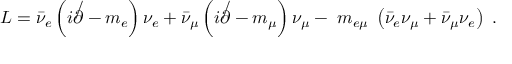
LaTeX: { \cal L } = { \bar { \nu } } _ { e } \left( i \not \partial - m _ { e } \right) \nu _ { e } + { \bar { \nu } } _ { \mu } \left( i \not \partial - m _ { \mu } \right) \nu _ { \mu } - \; m _ { e \mu } \; \left( { \bar { \nu } } _ { e } \nu _ { \mu } + { \bar { \nu } } _ { \mu } \nu _ { e } \right) \; .